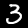
Label: 3